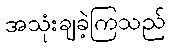
အသုံးချခဲ့ကြသည်